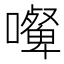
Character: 𰈿